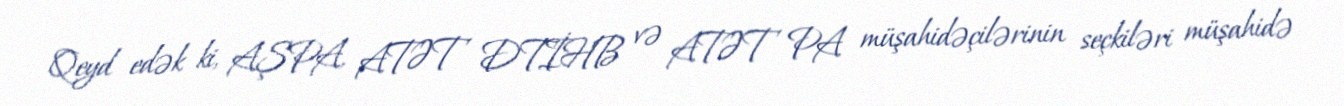
Qeyd edək ki, AŞPA, ATƏT DTİHB və ATƏT PA müşahidəçilərinin seçkiləri müşahidə